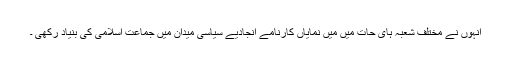
انہوں نے مختلف شعبہ ہای حات میں میں نمایاں کارنامے انجادیے سیاسی میدان میں جماعت اسلامی کی بنیاد رکھی ۔